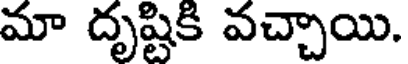
మా దృష్టికి వచ్చాయి.